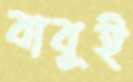
বাবুই